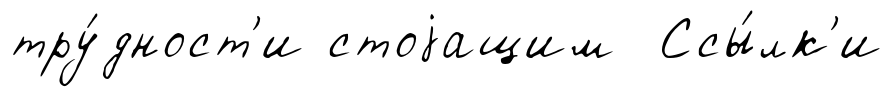
тру́дност'и стоjащим Ссы́лк'и